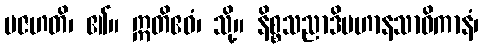
ပဇဟတိ၊ ၏။ ဣတိဧဝံ၊ သို့။ နိစ္စသညာဒိပဟာနသာဓိကာနံ၊